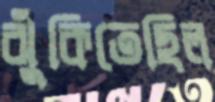
ঝুঁকিতেছিল